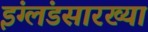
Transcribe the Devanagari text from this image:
इंग्लंडसारख्या